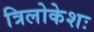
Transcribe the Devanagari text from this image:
त्रिलोकेशः